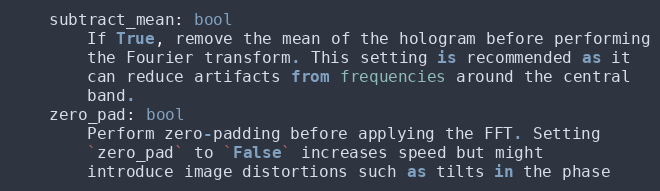
Language: Python
    subtract_mean: bool
        If True, remove the mean of the hologram before performing
        the Fourier transform. This setting is recommended as it
        can reduce artifacts from frequencies around the central
        band.
    zero_pad: bool
        Perform zero-padding before applying the FFT. Setting
        `zero_pad` to `False` increases speed but might
        introduce image distortions such as tilts in the phase